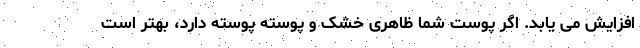
افزایش می یابد. اگر پوست شما ظاهری خشک و پوسته پوسته دارد، بهتر است